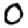
Digit: 0